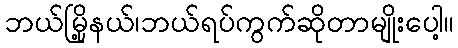
ဘယ်မြို့နယ်၊ဘယ်ရပ်ကွက်ဆိုတာမျိုးပေါ့။